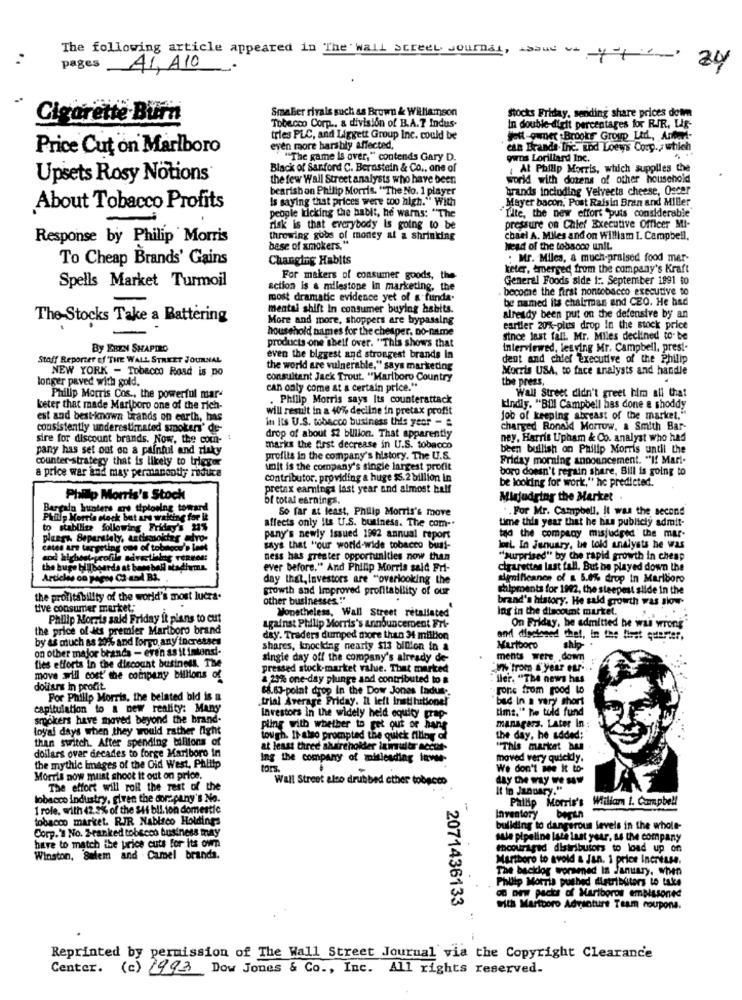
:
The following article appeared in The wall street Journal, asaus wayof
pages
41, A10
SmaBer rivals such as Brown & Williamson
stocks Friday, sending share prices dom
Cigarette Burn
Tobacco Corp ., a division of B.A.T Indus-
In double-digit percentages for RIR, Lig-
tries PLC, and Liggett Group Inc. could be
. Jott-puner Brooke Group Ltil, Antes-
Price Cut on Marlboro
even more harshly affected,
'can Brands The. Eod Loews Corp ., which
"The game is over," contends Gary D.
owns Lorillard Inc.
Black of Sanford C. Bernstein & Co ., one of
, At Philip Morris, which supplies the
Upsets Rosy Notions®
the few Wall Street analysts who have been
world with dozens of other household
bearish on Philip Morris. "The No. 1 player
brands including Velveeta cheese, Oscar
Is saying that prices were too high." With
.Mayer bacon, Post Raisin Bran and Miller
About Tobacco Profits
-
people Licking the habit, he warns: "The
"Tite, the new effort "puis considerable
risk is that everybody Is going to be
pressure on Chief Executive Officer MI-
Response by Philip Morris
throwing gobs of money at a shrinking
chael A. Miles and on Willist I. Campbell.
base of xmokers."
Head of the tobacco unit.
To Cheap Brands' Gains
Changing Habits
. Mr. Miles, & much-praised food mer-
keter, emerged from the company's Kraft
Spells Market Turmoil
For makers of consumer goods, the
General Foods side 1 :. September 1991 to
action is a milestone In marketing, the
. become the first nontobacco executive to
most dramatic evidence yet of a funda.
be named its chairman and CEO. He had
mental shift in consumer buying habits.
The-Stocks Take a Battering
More and more, shoppers are bypassing
already been put on the defensive by an
household names for the cheaper, no-name
cartier 20%-plus drop In the stock price
since last fall. Mr. Miles declined to- be
By EREN SHAPIRO
products one shelf over. "This shows that
interviewed, lesving Mr. Campbell, prest-
Stoff Reporter of THE WALL STREET JOURNAL
even the biggest and strongest brands In
dent and chief Executive of the Philip
NEW YORK - Tobacco Road is no
the world are vulnerable," says marketing
Morris USA, to face analysts and handle
longer paved with gold.
consultant Jack Trout. "Marlboro Country
the press,
.
can only come at a certain price."
Philip Morris Cos ., the powerful mar-
. Philip Morris says Its counterattack
Wall Street didn't greet him all that
keter that made Marlboro one of the rich-
will result in a 40% decline in pretax profit
kindly. "Bill Campbell has done & shoddy
est and best-known brands on earth, has
in Its U.S. tobacco business this year -
Job of keeping abreast of the market."
consistently underestimated smoker' de-
charged Ronald Morrow, & Smith Bar-
sire for discount brands. Now, the com-
drop of about $2 billion. That apparently
ney, Harris Upham & Co. analyst who had
pany has set out on a painful and rluky
marks the first decrease in U.S. tobacco
been bullish on Philip Morris until the
counter-strategy that is likely to trigger
profits in the company's history. The U.S.
Friday morning announcement. "If Mari-
a price war and may permancotiy reduce
unit is the company's single largest profit
boro doesn't regain share, Bill is going to
contributor. providing a huge $5.2 billion in
pretax earnings last year and almost half
be looking for work," he predicted.
Philip Morris's Stock
bf total earnings.
Minjudging the Market
Bercalo hunters os tiptoeing tomand
So far at least, Philip Morris's move
. . For Mr. Campbell. It was the second
Phillip Morris neck but are waking for it
affects only Ils U.S. business. The com -.
time this year that he bus publicly admit-
astabilire following Friday's 1%
plusgh Separately, astismokter advo-
pany's newly Issued 1992 annual report
tad the company misjudged"the mar-
Carpeting one of tobacco's Innt
says that "our world-wide tobacco buat-
Weel. In January, he told analysts he was
ness has greater opportunities now than
"surprised" by the rapid growth in cheap
the Bug
billboards at bone bell ntadh
ever before," And Philip Morris said Fri-
cigarettes last fall. But be played down the
Articles on phene Ci and Bi.
day that, Investors are "overlooking the
significance of & 5.0% drop in Marlboro
growth and Improved profitability of our
ilpments for 1992, the steepest slide in the
the profitability of the world's most luces.
other businesses.""
brand's history. He said growth was siow
tive consumer market;
Nonetheless, Wall Street retaliated
ing in the discount market.
Philip Morris sald Friday it plans to cut
the price of its premier Marlboro brand
against Philip Morris's Announcement Ert-
On Friday, be admitted be was wrong"
by as much as 20% and forgo any increases
day. Traders dumped more than 34 million
and disclosed thet, in the first quarter,
on other major brands - even as it intensi-
shares, knocking nearly $13 billion in a
Marlboro
ship- .
fies efforts In the discount business. The
single day off the company's already de-
ments were .down
pressed stock-market value. That marked
%% from a year er.
move will cost' the company billions of
23% one-day plunge and contributed to #
ller. "The news has
dollars in profit.
88.63-point drop In the Dow Jones ladus-
gone from good to
For Philip Morris, the belated bid is a
trial Average Friday. Il left Instihitlone!"
bad In a very short
capitulation to a new reality: Many
tims." he told fund
smokers have moved beyond the brand-
Investors in the widely held equity wrap-
loyal days when they would rather fight
pling with whether to get out of hang
managers. Later In
than switch. After spending billions of
tough. It- also prompted the quick filing G
the day, he added:'
at least three ahuirchokder ininultr accus-
"This market hun
dollars over decades to forge Marlboro in
Ing the company of misleading inve-
moved very quickly.
the mythic Images of the Old West, Phiitp
tors.
We don't wie it to-
Morris now must shoot it out on price.
Wall Street also drubbed other tobacco
The effort will roll the rest of the
It in January."
tobacco industry, given the corepany's No.
Pallip Morris's
Wiliam 1. Campbell
1 role, with 42.5% of the $41 bil. ion domestic
tobacco market. RIR Nabisco Holdings
Inventory begin
buliding to dangerous levels in the whole-
Corp.' No. 2-ranked tobecco business may
bitre to match the price cuts for Its own
sule pipeline late last year, as the company
encouraged distributors to load up on
Winston, Salem and . Camel brands.
Mariboro to avoid & Jan. 1 price Increase.
The backlog wormned In January, when
Philip Morris pushed distributors to take
OG Dew pacis of Mariboros embissoned
2071436133
With Martboro Adventure Team coupons.
Reprinted by permission of The Wall Street Journal via the Copyright Clearance
Center. (c) 1993 Dow Jones & Co ., Inc. All rights reserved.